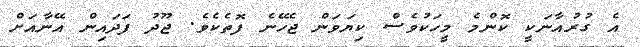
އެ ގުރުއާނަކީ ކޮންމެ މީހަކުވެސް ކިޔަވަން ޖެހޭނެ ފޮތެކެވެ. ޖޫދު ފަދައިން އޭނާއަށް